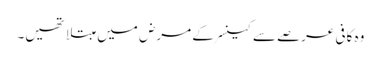
وہ کافی عرصے سے کینسر کے مرض میں مبتلا تھیں۔